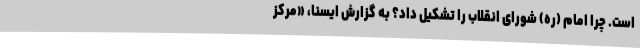
است. چرا امام (ره) شورای انقلاب را تشکیل داد؟ به گزارش ایسنا، «مرکز